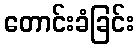
တောင်းခံခြင်း